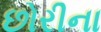
છોરીના